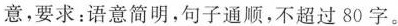
意，要求：语意简明，句子通顺，不超过80字。